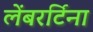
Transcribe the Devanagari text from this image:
लेंबरर्टिना